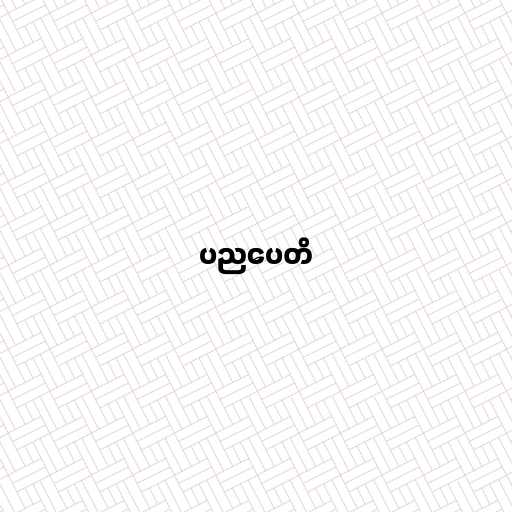
ပညပေတိ